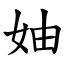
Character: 妯